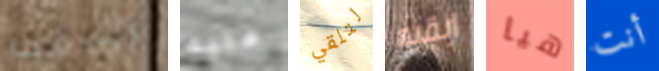
أحدهما عليه لتلقي ابقيه هيا أنت